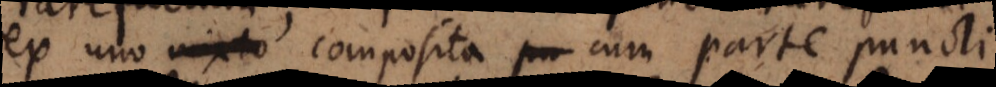
ex uno composita cum parte puncti